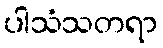
ပါသံသတရာ